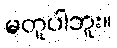
မတူပါဘူး။